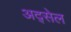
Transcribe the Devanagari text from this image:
अद्सेल